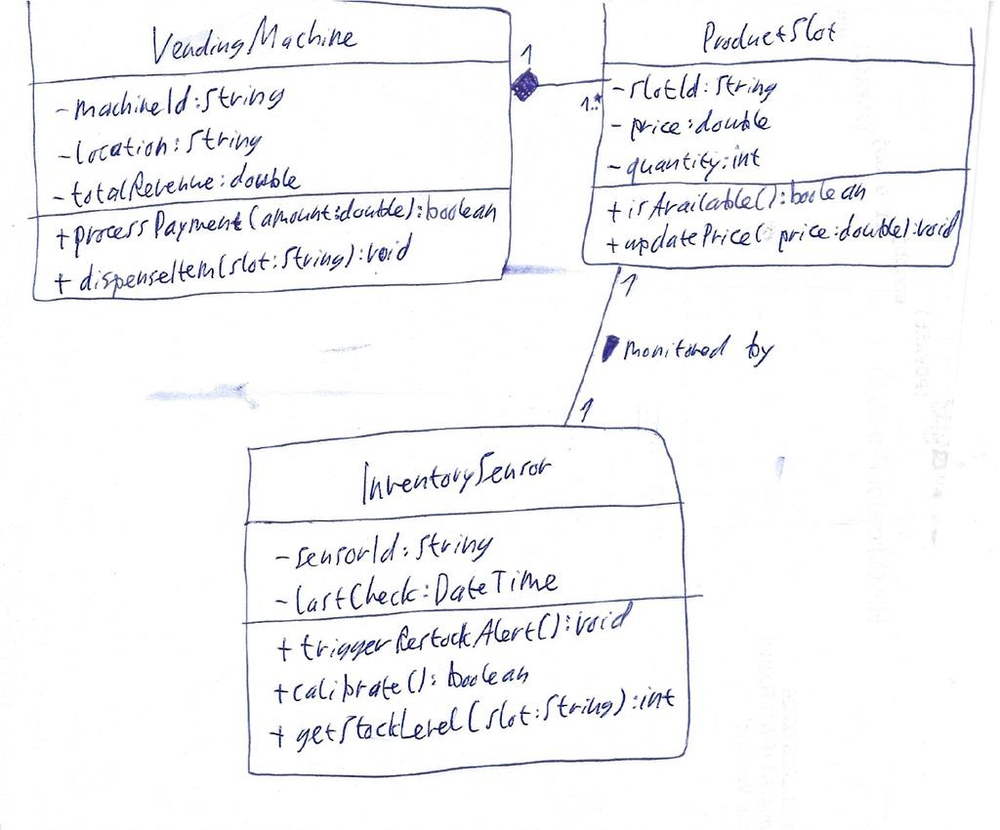
Diagram type: class_diagram
```plantuml
@startuml

class VendingMachine {
    - machineId: String
    - location: String
    - totalRevenue: double
    + processPayment(amount: double): boolean
    + dispenseItem(slot: String): void
}

class ProductSlot {
    - slotId: String
    - price: double
    - quantity: int
    + isAvailable(): boolean
    + updatePrice(price: double): void
}

class InventorySensor {
    - sensorId: String
    - lastCheck: DateTime
    + triggerRestockAlert(): void
    + calibrate(): boolean
    + getStockLevel(slot: String): int
}

VendingMachine "1" *-- "1..*" ProductSlot
ProductSlot "1" -- "1" InventorySensor : monitored by >

@enduml
```